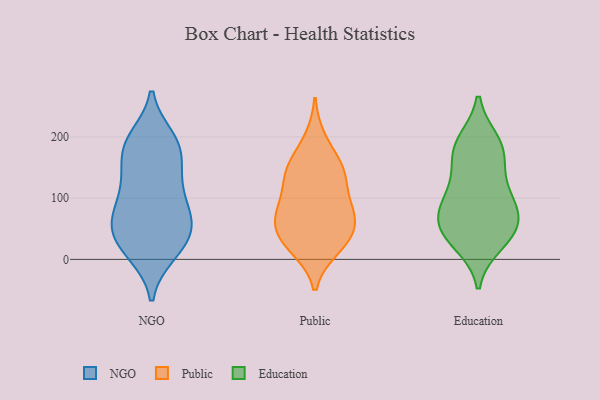
{"axis": {"x": "Bounce Rate (%)", "y": "Value"}, "legend": ["Education", "NGO", "Public"], "data": [{"x": "", "y": 56, "type": "NGO"}, {"x": "", "y": 39, "type": "NGO"}, {"x": "", "y": 128, "type": "NGO"}, {"x": "", "y": 92, "type": "NGO"}, {"x": "", "y": 192, "type": "NGO"}, {"x": "", "y": 197, "type": "NGO"}, {"x": "", "y": 50, "type": "NGO"}, {"x": "", "y": 12, "type": "NGO"}, {"x": "", "y": 185, "type": "NGO"}, {"x": "", "y": 140, "type": "NGO"}, {"x": "", "y": 132, "type": "NGO"}, {"x": "", "y": 80, "type": "NGO"}, {"x": "", "y": 57, "type": "NGO"}, {"x": "", "y": 10, "type": "NGO"}, {"x": "", "y": 186, "type": "NGO"}, {"x": "", "y": 51, "type": "NGO"}, {"x": "", "y": 90, "type": "NGO"}, {"x": "", "y": 17, "type": "NGO"}, {"x": "", "y": 175, "type": "NGO"}, {"x": "", "y": 74, "type": "Public"}, {"x": "", "y": 19, "type": "Public"}, {"x": "", "y": 143, "type": "Public"}, {"x": "", "y": 139, "type": "Public"}, {"x": "", "y": 22, "type": "Public"}, {"x": "", "y": 75, "type": "Public"}, {"x": "", "y": 54, "type": "Public"}, {"x": "", "y": 89, "type": "Public"}, {"x": "", "y": 145, "type": "Public"}, {"x": "", "y": 148, "type": "Public"}, {"x": "", "y": 37, "type": "Public"}, {"x": "", "y": 42, "type": "Public"}, {"x": "", "y": 195, "type": "Public"}, {"x": "", "y": 90, "type": "Public"}, {"x": "", "y": 177, "type": "Education"}, {"x": "", "y": 99, "type": "Education"}, {"x": "", "y": 96, "type": "Education"}, {"x": "", "y": 185, "type": "Education"}, {"x": "", "y": 75, "type": "Education"}, {"x": "", "y": 161, "type": "Education"}, {"x": "", "y": 41, "type": "Education"}, {"x": "", "y": 118, "type": "Education"}, {"x": "", "y": 50, "type": "Education"}, {"x": "", "y": 27, "type": "Education"}, {"x": "", "y": 191, "type": "Education"}, {"x": "", "y": 45, "type": "Education"}, {"x": "", "y": 67, "type": "Education"}]}